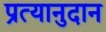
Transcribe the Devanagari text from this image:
प्रत्यानुदान